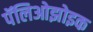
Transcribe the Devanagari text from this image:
पॅलिओझोइक